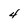
Character: 4